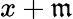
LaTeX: x+{\mathfrak{m}}